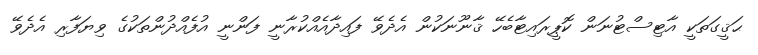
ޙަޤީގަތަކީ އާޓިސްޓުނަން ކޮޕީރައިޓާބެހޭ ޤާނޫނަކުން އެދެވޭ ފައިދާއެއްކުރާނީ ފަންނީ އުފެއްދުންތަކުގެ ވިޔަފާރި އެދެވޭ